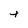
Character: t